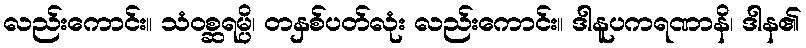
လည်းကောင်း။ သံဝစ္ဆရမ္ပိ၊ တနှစ်ပတ်လုံး လည်းကောင်း။ ဒါနူပကရဏာနိ၊ ဒါန၏